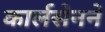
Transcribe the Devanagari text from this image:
कार्लसेनने